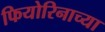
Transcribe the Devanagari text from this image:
फियोरिनाच्या